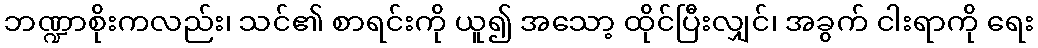
ဘဏ္ဍာစိုးကလည်း၊ သင်၏ စာရင်းကို ယူ၍ အသော့ ထိုင်ပြီးလျှင်၊ အခွက် ငါးရာကို ရေး